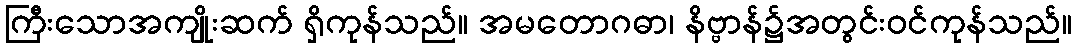
ကြီးသောအကျိုးဆက် ရှိကုန်သည်။ အမတောဂဓာ၊ နိဗ္ဗာန်၌အတွင်းဝင်ကုန်သည်။